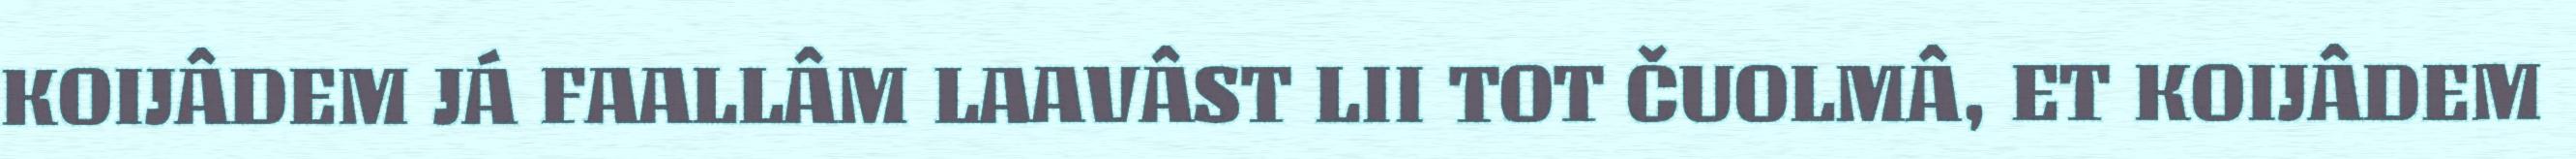
KOIJÂDEM JÁ FAALLÂM LAAVÂST LII TOT ČUOLMÂ, ET KOIJÂDEM